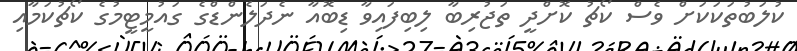
ކުލަބުތަކަކަށް ވެސް ކޯޗު ކޮށްދީ ތަޖުރިބާ ލިބިފައިވާ ޑިބޮއާ ނެދަލެންޑްގެ ގައުމީޓީމުގެ ކޯޗުކަމާއި